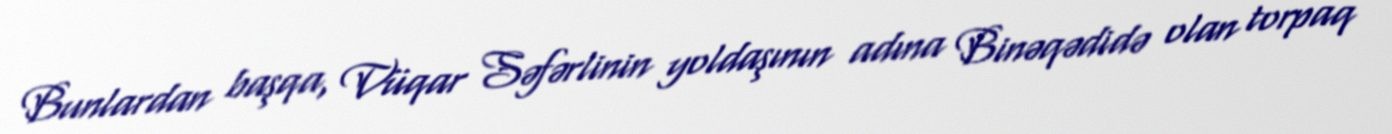
Bunlardan başqa, Vüqar Səfərlinin yoldaşının adına Binəqədidə olan torpaq